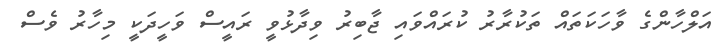
އަލްހާންގެ ވާހަކަތައް ތަކުރާރު ކުރައްވައި ޖާބިރު ވިދާޅުވީ ރައީސް ވަހީދަކީ މިހާރު ވެސް